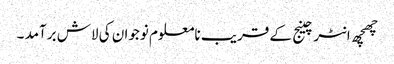
چھچھ انٹرچینج کے قریب نامعلوم نوجوان کی لاش برآمد ۔